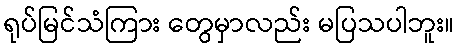
ရုပ်မြင်သံကြား တွေမှာလည်း မပြသပါဘူး။